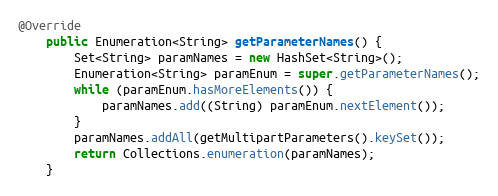
Language: Java
@Override
    public Enumeration<String> getParameterNames() {
        Set<String> paramNames = new HashSet<String>();
        Enumeration<String> paramEnum = super.getParameterNames();
        while (paramEnum.hasMoreElements()) {
            paramNames.add((String) paramEnum.nextElement());
        }
        paramNames.addAll(getMultipartParameters().keySet());
        return Collections.enumeration(paramNames);
    }